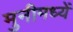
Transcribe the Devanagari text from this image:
मुनीमध्यें